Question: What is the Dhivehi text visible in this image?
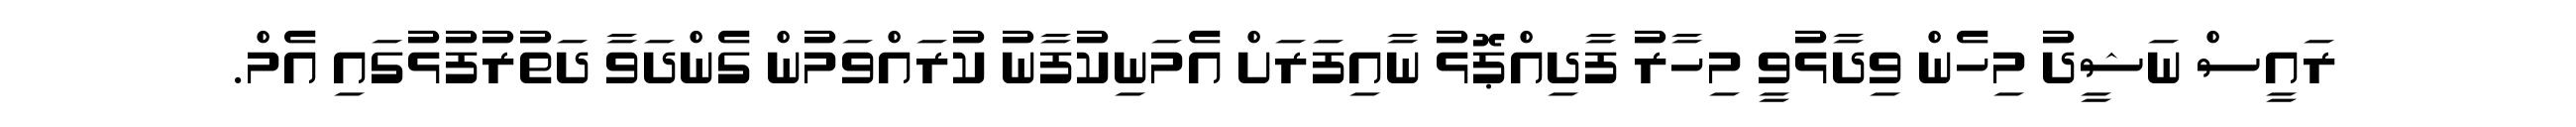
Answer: ރައީސް ނަޝީދު މިހެން ވިދާޅުވީ މިހާރު ފާދިއްޕޮޅު ނާއިފަރަށް އެމަނިކުފާނު ކުރައްވަމުން ގެންދަވާ ދަތުރުފުޅުގައި އެމް.